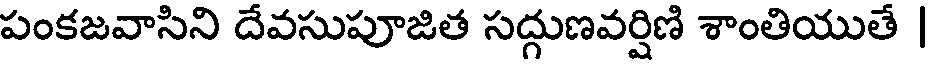
పంకజవాసిని దేవసుపూజిత సద్గుణవర్షిణి శాంతియుతే |